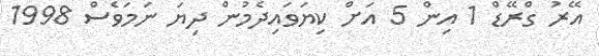
އޭރު ގްރޭޑް 1 އިން 5 އަށް ކިޔަވައިދެމުން ދިޔަ ނަމަވެސް 1998